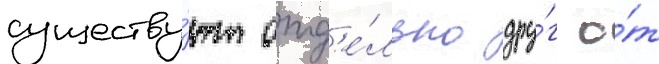
существу́ют отд'е́льно дру́г о́т